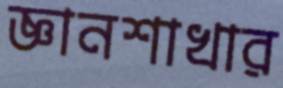
জ্ঞানশাখার